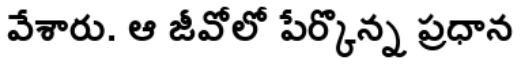
వేశారు. ఆ జీవోలో పేర్కొన్న ప్రధాన